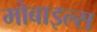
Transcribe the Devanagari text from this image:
मोबाइल्स